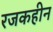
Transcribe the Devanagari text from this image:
रजकहीन